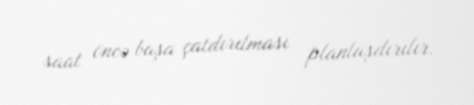
saat öncə başa çatdırılması planlaşdırılır.